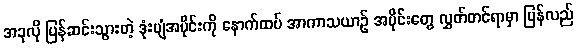
အခုလို ပြန်ဆင်းသွားတဲ့ ဒုံးပျံအပိုင်းကို နောက်ထပ် အာကာသယာဉ် အပိုင်းတွေ လွှတ်တင်ရာမှာ ပြန်လည်